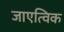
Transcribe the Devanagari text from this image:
जाएत्विक